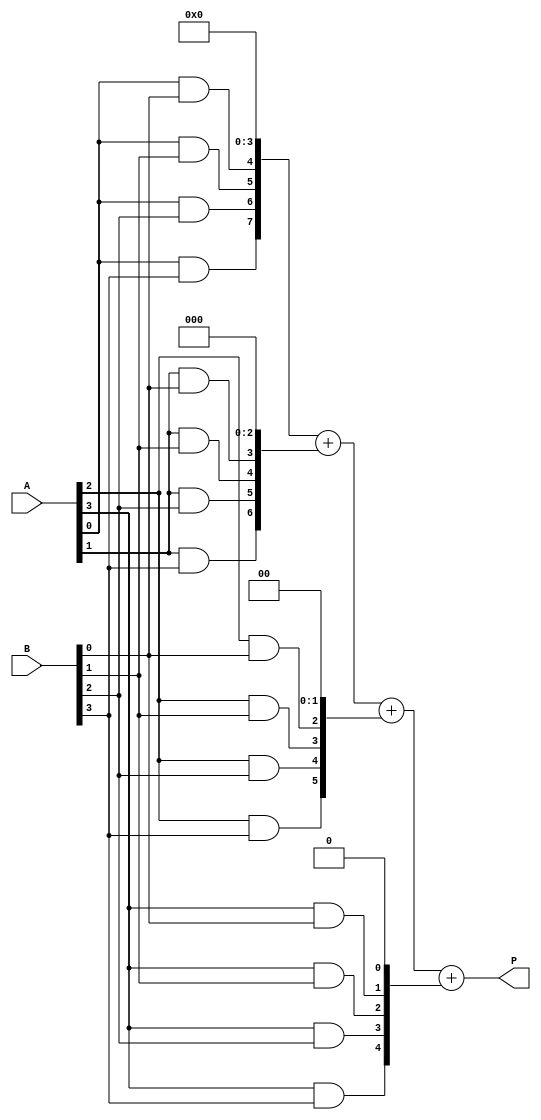
module vedic_multiplier #(parameter N = 4) (
    input  wire [N-1:0] A,  // First operand
    input  wire [N-1:0] B,  // Second operand
    output wire [2*N-1:0] P // Product output
);

    // Partial products
    wire [N-1:0] pp [0:N-1]; // Partial products array

    // Generate partial products
    genvar i, j;
    generate
        for (i = 0; i < N; i = i + 1) begin : partial_product_gen
            for (j = 0; j < N; j = j + 1) begin : pp_gen
                assign pp[i][j] = A[i] & B[j]; // AND operation for partial product
            end
        end
    endgenerate

    // Sum the partial products using a simple tree structure
    wire [2*N-1:0] sum [0:N-1]; // Sum array to hold intermediate sums

    // Initialize the first sum with the first partial product
    assign sum[0] = {pp[0], {N{1'b0}}}; // Shifted version of the first partial product

    // Combine partial products
    generate
        for (i = 1; i < N; i = i + 1) begin : sum_gen
            assign sum[i] = sum[i-1] + {pp[i], {N-i{1'b0}}}; // Shift and add
        end
    endgenerate

    // Final product output
    assign P = sum[N-1];

endmodule